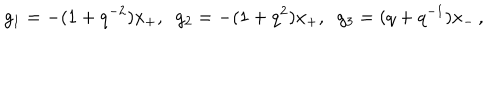
g _ { 1 } = - ( 1 + q ^ { - 2 } ) x _ { + } , \; \; g _ { 2 } = - ( 1 + q ^ { 2 } ) x _ { + } , \; \; g _ { 3 } = ( q + q ^ { - 1 } ) x _ { - } \, ,